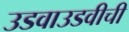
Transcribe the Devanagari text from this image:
उडवाउडवीची